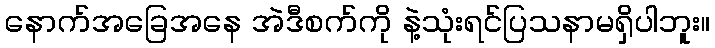
နောက်အခြေအနေ အဲဒီစက်ကို နဲ့သုံးရင်ပြသနာမရှိပါဘူး။